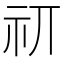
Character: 𰧮